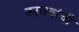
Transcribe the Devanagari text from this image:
कासवांची